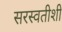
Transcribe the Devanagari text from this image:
सरस्वतीशी